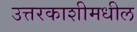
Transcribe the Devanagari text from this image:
उत्तरकाशीमधील